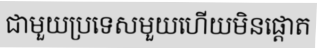
ជាមួយប្រទេសមួយហើយមិនផ្តោត